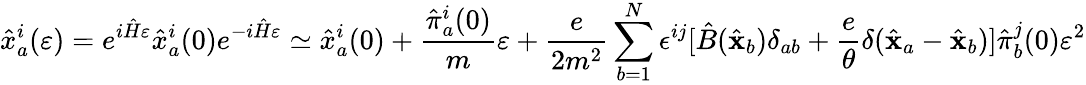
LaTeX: {\hat{x}}_{a}^{i}(\varepsilon)=e^{i{\hat{H}}\varepsilon}{\hat{x}}_{a}^{i}(0)e^{-i{\hat{H}}\varepsilon}\simeq{\hat{x}}_{a}^{i}(0)+{\frac{{\hat{\pi}}_{a}^{i}(0)}{m}}\varepsilon+{\frac{e}{2m^{2}}}\sum_{b=1}^{N}\epsilon^{ij}[{\hat{B}}({\hat{\mathbf x}}_{b})\delta_{ab}+{\frac{e}{\theta}}\delta({\hat{\mathbf x}}_{a}-{\hat{\mathbf x}}_{b})]{\hat{\pi}}_{b}^{j}(0)\varepsilon^{2}